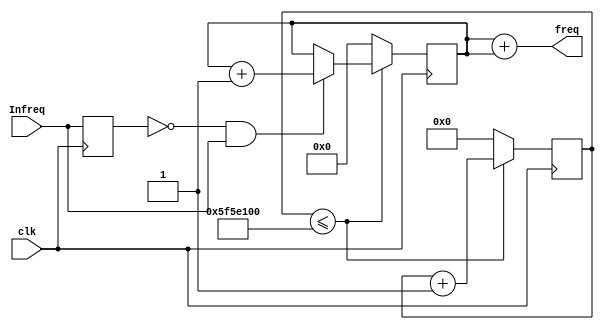
module InputFreq(clk,Infreq,freq);
    input clk; // clock signal
    input Infreq; // input signal 

    output wire [15:0] freq; // frequency of signal we read in
    
    (* keep = "true" *)reg [31:0] counter = 0;
    (* keep = "true" *)reg [15:0] freq_temp = 0; 
    (* keep = "true" *)reg edge_check = 0; 
    
    always @(posedge clk)
    begin
    
            if (counter <= 100000000)
              begin
                counter = counter + 1;                 
                
                  if (!edge_check & Infreq)
                  begin
                        freq_temp <= freq_temp + 1;
                  end
               end 
            else
                begin
                      counter <= 0; 
                      freq_temp <= 0; 
                 end    
                 
             edge_check = Infreq;     
    end
    
    assign freq = freq_temp + freq_temp;
    
endmodule